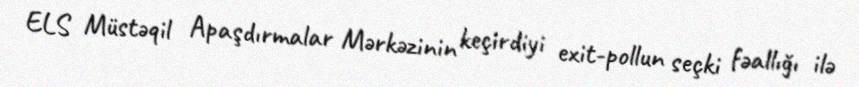
ELS Müstəqil Apaşdırmalar Mərkəzinin keçirdiyi exit-pollun seçki fəallığı ilə